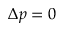
\Delta p = 0